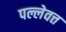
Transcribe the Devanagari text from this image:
पल्लेवत्त